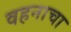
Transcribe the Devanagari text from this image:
वहनाचा